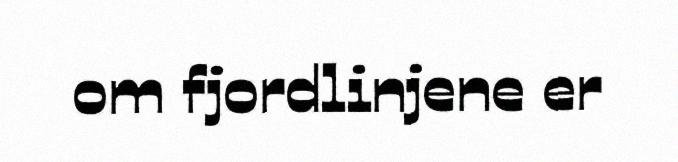
om fjordlinjene er